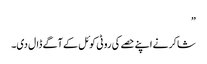
”
شاکر نے اپنے حصے کی روٹی کوئل کے آگے ڈال دی۔